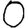
Digit: 0